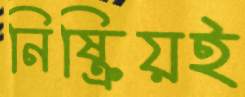
নিষ্ক্রিয়ই